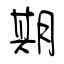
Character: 期